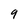
Character: 9